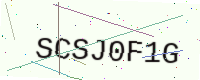
Text: SCSJ0F1G